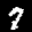
Label: 7